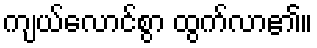
ကျယ်လောင်စွာ ထွက်လာ၏။